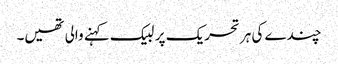
چندے کی ہر تحریک پر لبیک کہنے والی تھیں۔